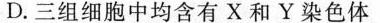
D.三组细胞中均含有X和Y染色体